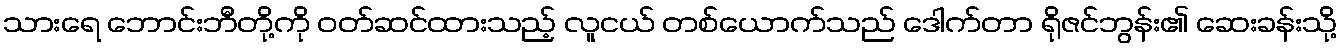
သားရေ ဘောင်းဘီတို့ကို ဝတ်ဆင်ထားသည့် လူငယ် တစ်ယောက်သည် ဒေါက်တာ ရိုဇင်ဘွန်း၏ ဆေးခန်းသို့